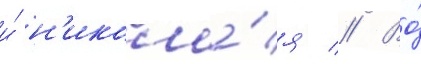
и́ н'икола́я // Во́